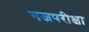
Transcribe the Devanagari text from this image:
गजपरीक्षा